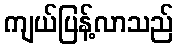
ကျယ်ပြန့်လာသည်